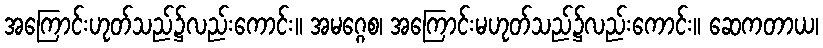
အကြောင်းဟုတ်သည်၌လည်းကောင်း။ အမဂ္ဂေစ၊ အကြောင်းမဟုတ်သည်၌လည်းကောင်း။ ဆေကတာယ၊